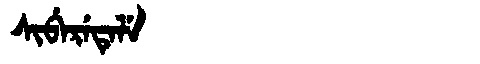
Manchu: ᠰᡳᠪᡝᡵᡝᡨᡝᠯᡝ
Romanization: SIBERETELE